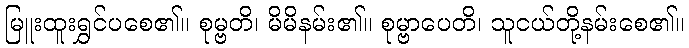
မြူးထူးရွှင်ပစေ၏။ စုမ္ဗတိ၊ မိမိနမ်း၏။ စုမ္ဗာပေတိ၊ သူငယ်တို့နမ်းစေ၏။